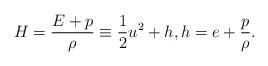
LaTeX: \begin{align*}H=\frac{E+p}{\rho}\equiv \frac{1}{2}u^2+h,h=e+\frac{p}{\rho}.\end{align*}